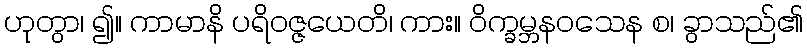
ဟုတွာ၊ ၍။ ကာမာနိ ပရိဝဇ္ဇယေတိ၊ ကား။ ဝိက္ခမ္ဘနဝသေန စ၊ ခွာသည်၏